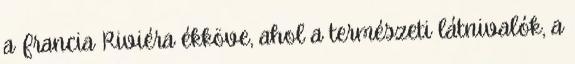
a Francia Riviéra ékköve, ahol a természeti látnivalók, a